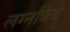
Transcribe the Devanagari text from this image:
लग्नबिंदु